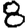
Digit: 8